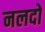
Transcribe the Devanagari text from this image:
नलदों